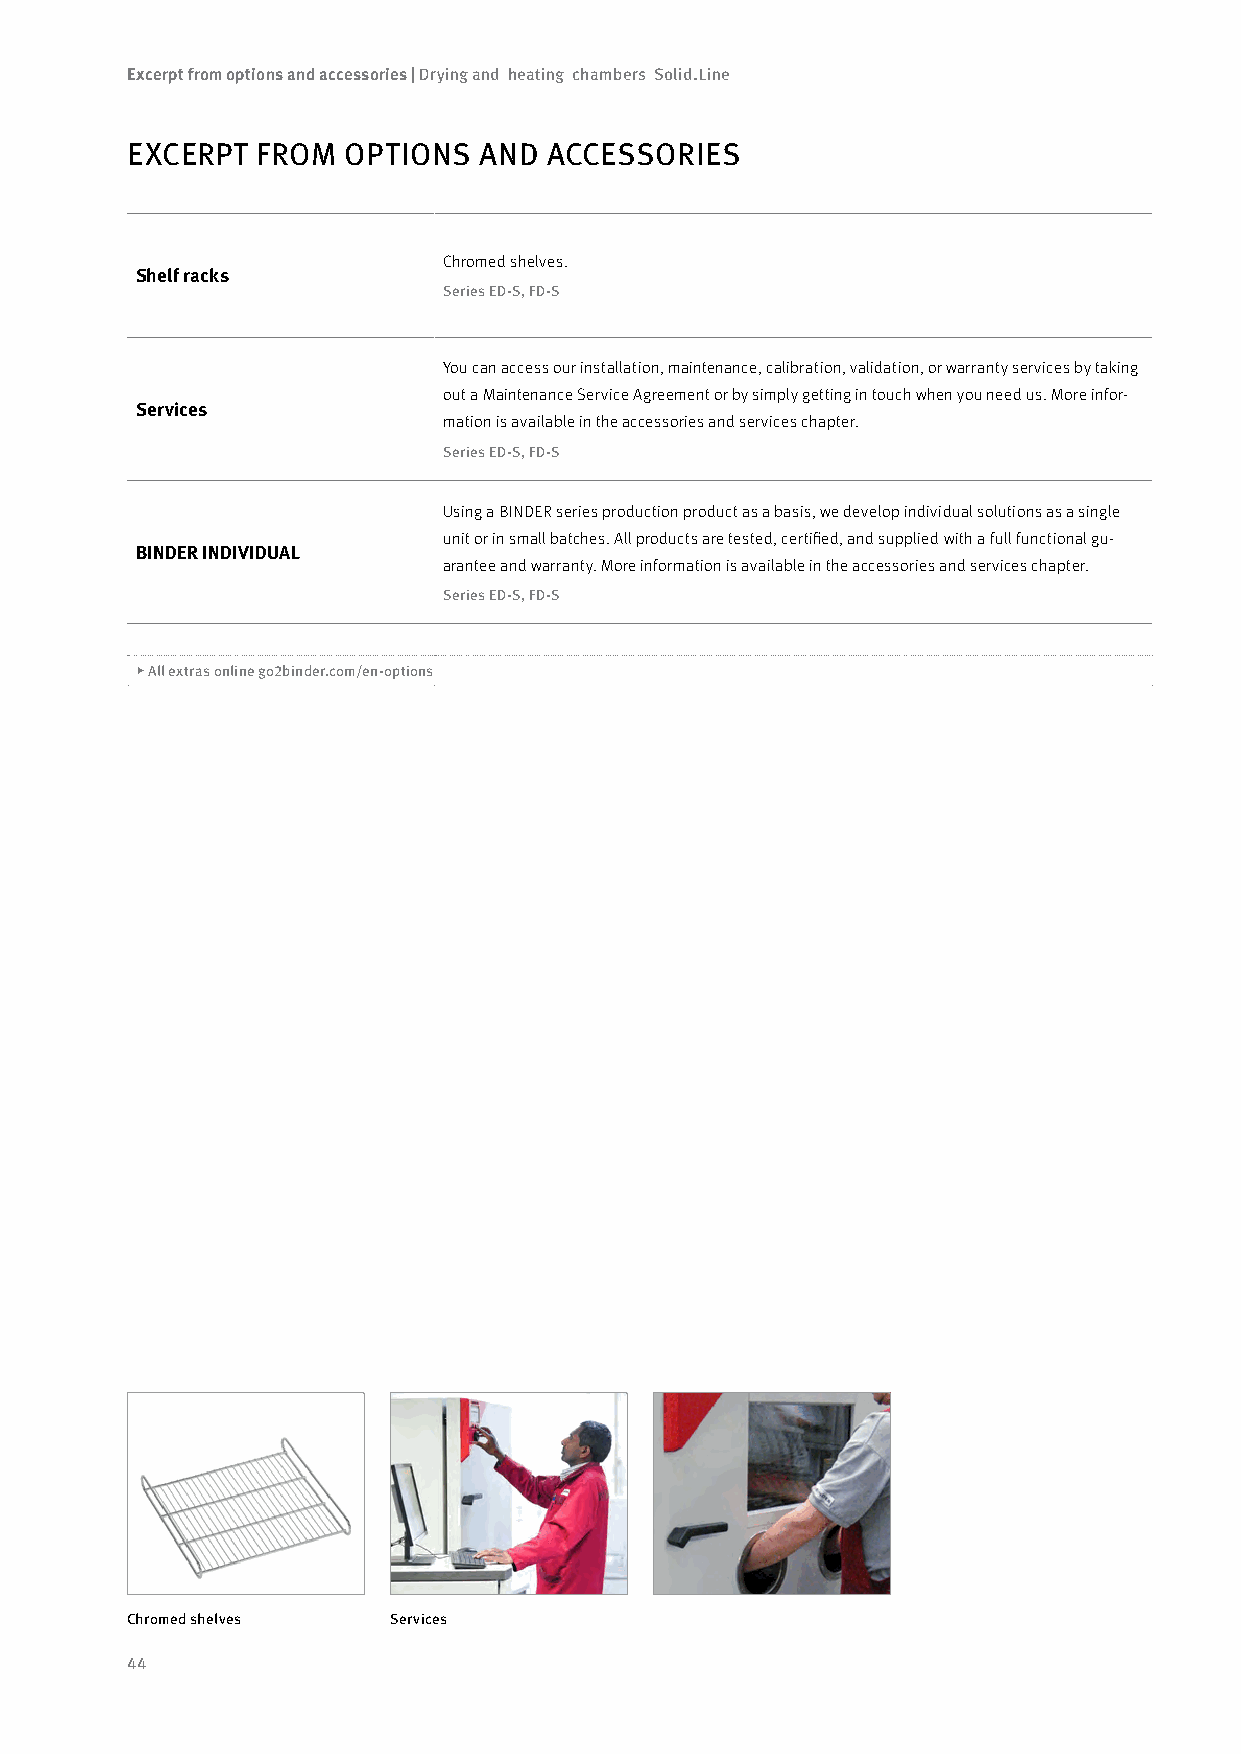
Excerpt from options and accessories | Drying and heating chambers Solid.Line
 EXCERPT  FROM  OPTIONS  AND ACCESSORIES
 Chromed shelves.
 Shelf racks
 Series ED-S, FD-S
 You can access our installation, maintenance, calibration, validation, or warranty services by taking
 out a Maintenance Service Agreement or by simply getting in touch when you need us. More infor-
 Services
 mation is available in the accessories and services chapter.
 Series ED-S, FD-S
 Using a BINDER series production product as a basis, we develop individual solutions as a single
 unit or in small batches. All products are tested, certified, and supplied with a full functional gu-
 BINDER INDIVIDUAL
 arantee and warranty. More information is available in the accessories and services chapter.
 Series ED-S, FD-S
 ▶ All extras online go2binder.com/en-options
 Chromed shelves   Services
 44